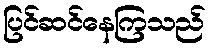
ပြင်ဆင်နေကြသည်